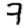
Digit: 7